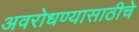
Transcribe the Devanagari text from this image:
अवरोधण्यासाठीचे